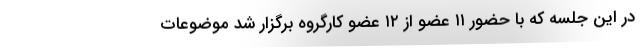
در این جلسه که با حضور ۱۱ عضو از ۱۲ عضو کارگروه برگزار شد موضوعات